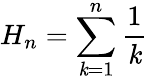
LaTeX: H_{n}=\sum_{\mathit{k}=1}^{n}{\frac{{1}}{{\mathit{k}}}}